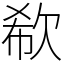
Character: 欷